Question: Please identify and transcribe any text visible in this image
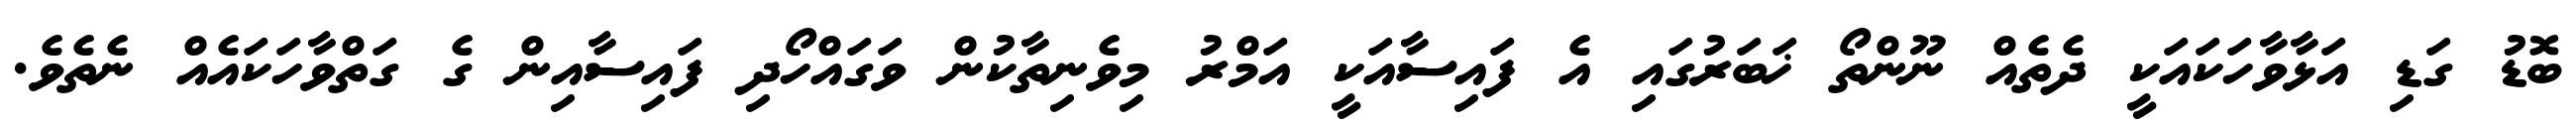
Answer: ބޮޑު ގަޑި އަޅާވާހަކައަކީ ދެތެއް ނޫންތޯ ޚަބަރުގައި އެ ފައިސާއަކީ އަމްރު މިވެނިތާކުން ވަގައްހޯދި ފައިސާއިން ގެ ގަތްވާހަކައެއް ނެތެވެ.